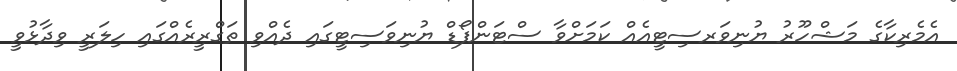
އެމެރިކާގެ މަޝްހޫރު ޔުނިވަރސިޓީއެއް ކަމަށްވާ ސްޓަންފޯޑް ޔުނިވަސިޓީގައި ދެއްވި ތަގްރީރެއްގައި ހިލަރީ ވިދާޅުވީ